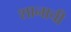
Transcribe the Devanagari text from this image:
शानाची